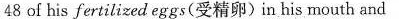
48 of his fertilized eggs(受精卵)in his mouth and